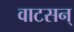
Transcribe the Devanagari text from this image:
वाटसन्